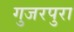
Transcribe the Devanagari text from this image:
गुजरपुरा